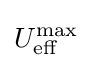
U_{\text{eff}}^{\text{max}}